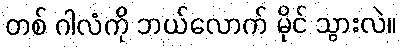
တစ် ဂါလံကို ဘယ်လောက် မိုင် သွားလဲ။